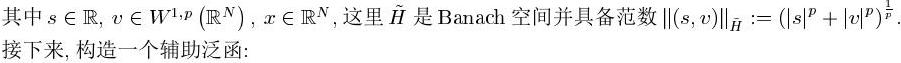
其中$s \in \mathbb{R}, v \in W^{1,p}(\mathbb{R}^N), x \in \mathbb{R}^N$, 这里 $\tilde{H}$ 是 Banach 空间并具备范数 $\|(s,v)\|_{\tilde{H}} := (|s|^p + |v|^p)^{\frac{1}{p}}$. 接下来, 构造一个辅助泛函: